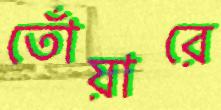
তোঁয়ারে